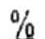
%